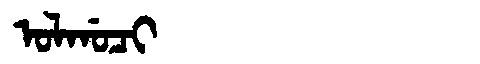
Manchu: ᠣᠯᡤᠣᠴᡳ
Romanization: OLGOCI